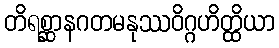
တိရစ္ဆာနဂတမနုဿဝိဂ္ဂဟိတ္ထိယာ